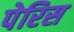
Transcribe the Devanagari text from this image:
पेरिस